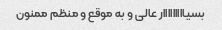
بسیااااااااار عالی و به موقع و منظم ممنون